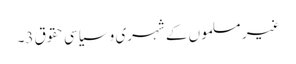
غیر مسلموں کے شہری و سیاسی حقوق 3۔